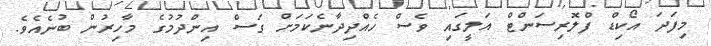
މިފަދަ އޯކިޑް ފްލޮރިސަންޓް އަލީގައި ވެސް ހެއްދިދާނެކަމަށް ގަސް އިންދުމުގެ މާހިރުން ބުނެއެވެ.